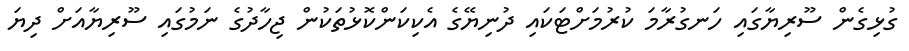
ގުޅިގެން ސޫރިޔާގައި ހަނގުރާމަ ކުރުމަށްޓަކައި ދުނިޔޭގެ އެކިކަންކޮޅުތަކުން ޖިހާދުގެ ނަމުގައި ސޫރިޔާއަށް ދިޔަ